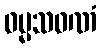
ဓမ္မသဝဏံ